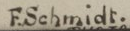
F.Schmidt.